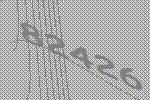
82426